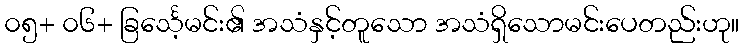
၀၅+ ၀၆+ ခြင်္သေ့မင်း၏ အသံနှင့်တူသော အသံရှိသောမင်းပေတည်းဟု။